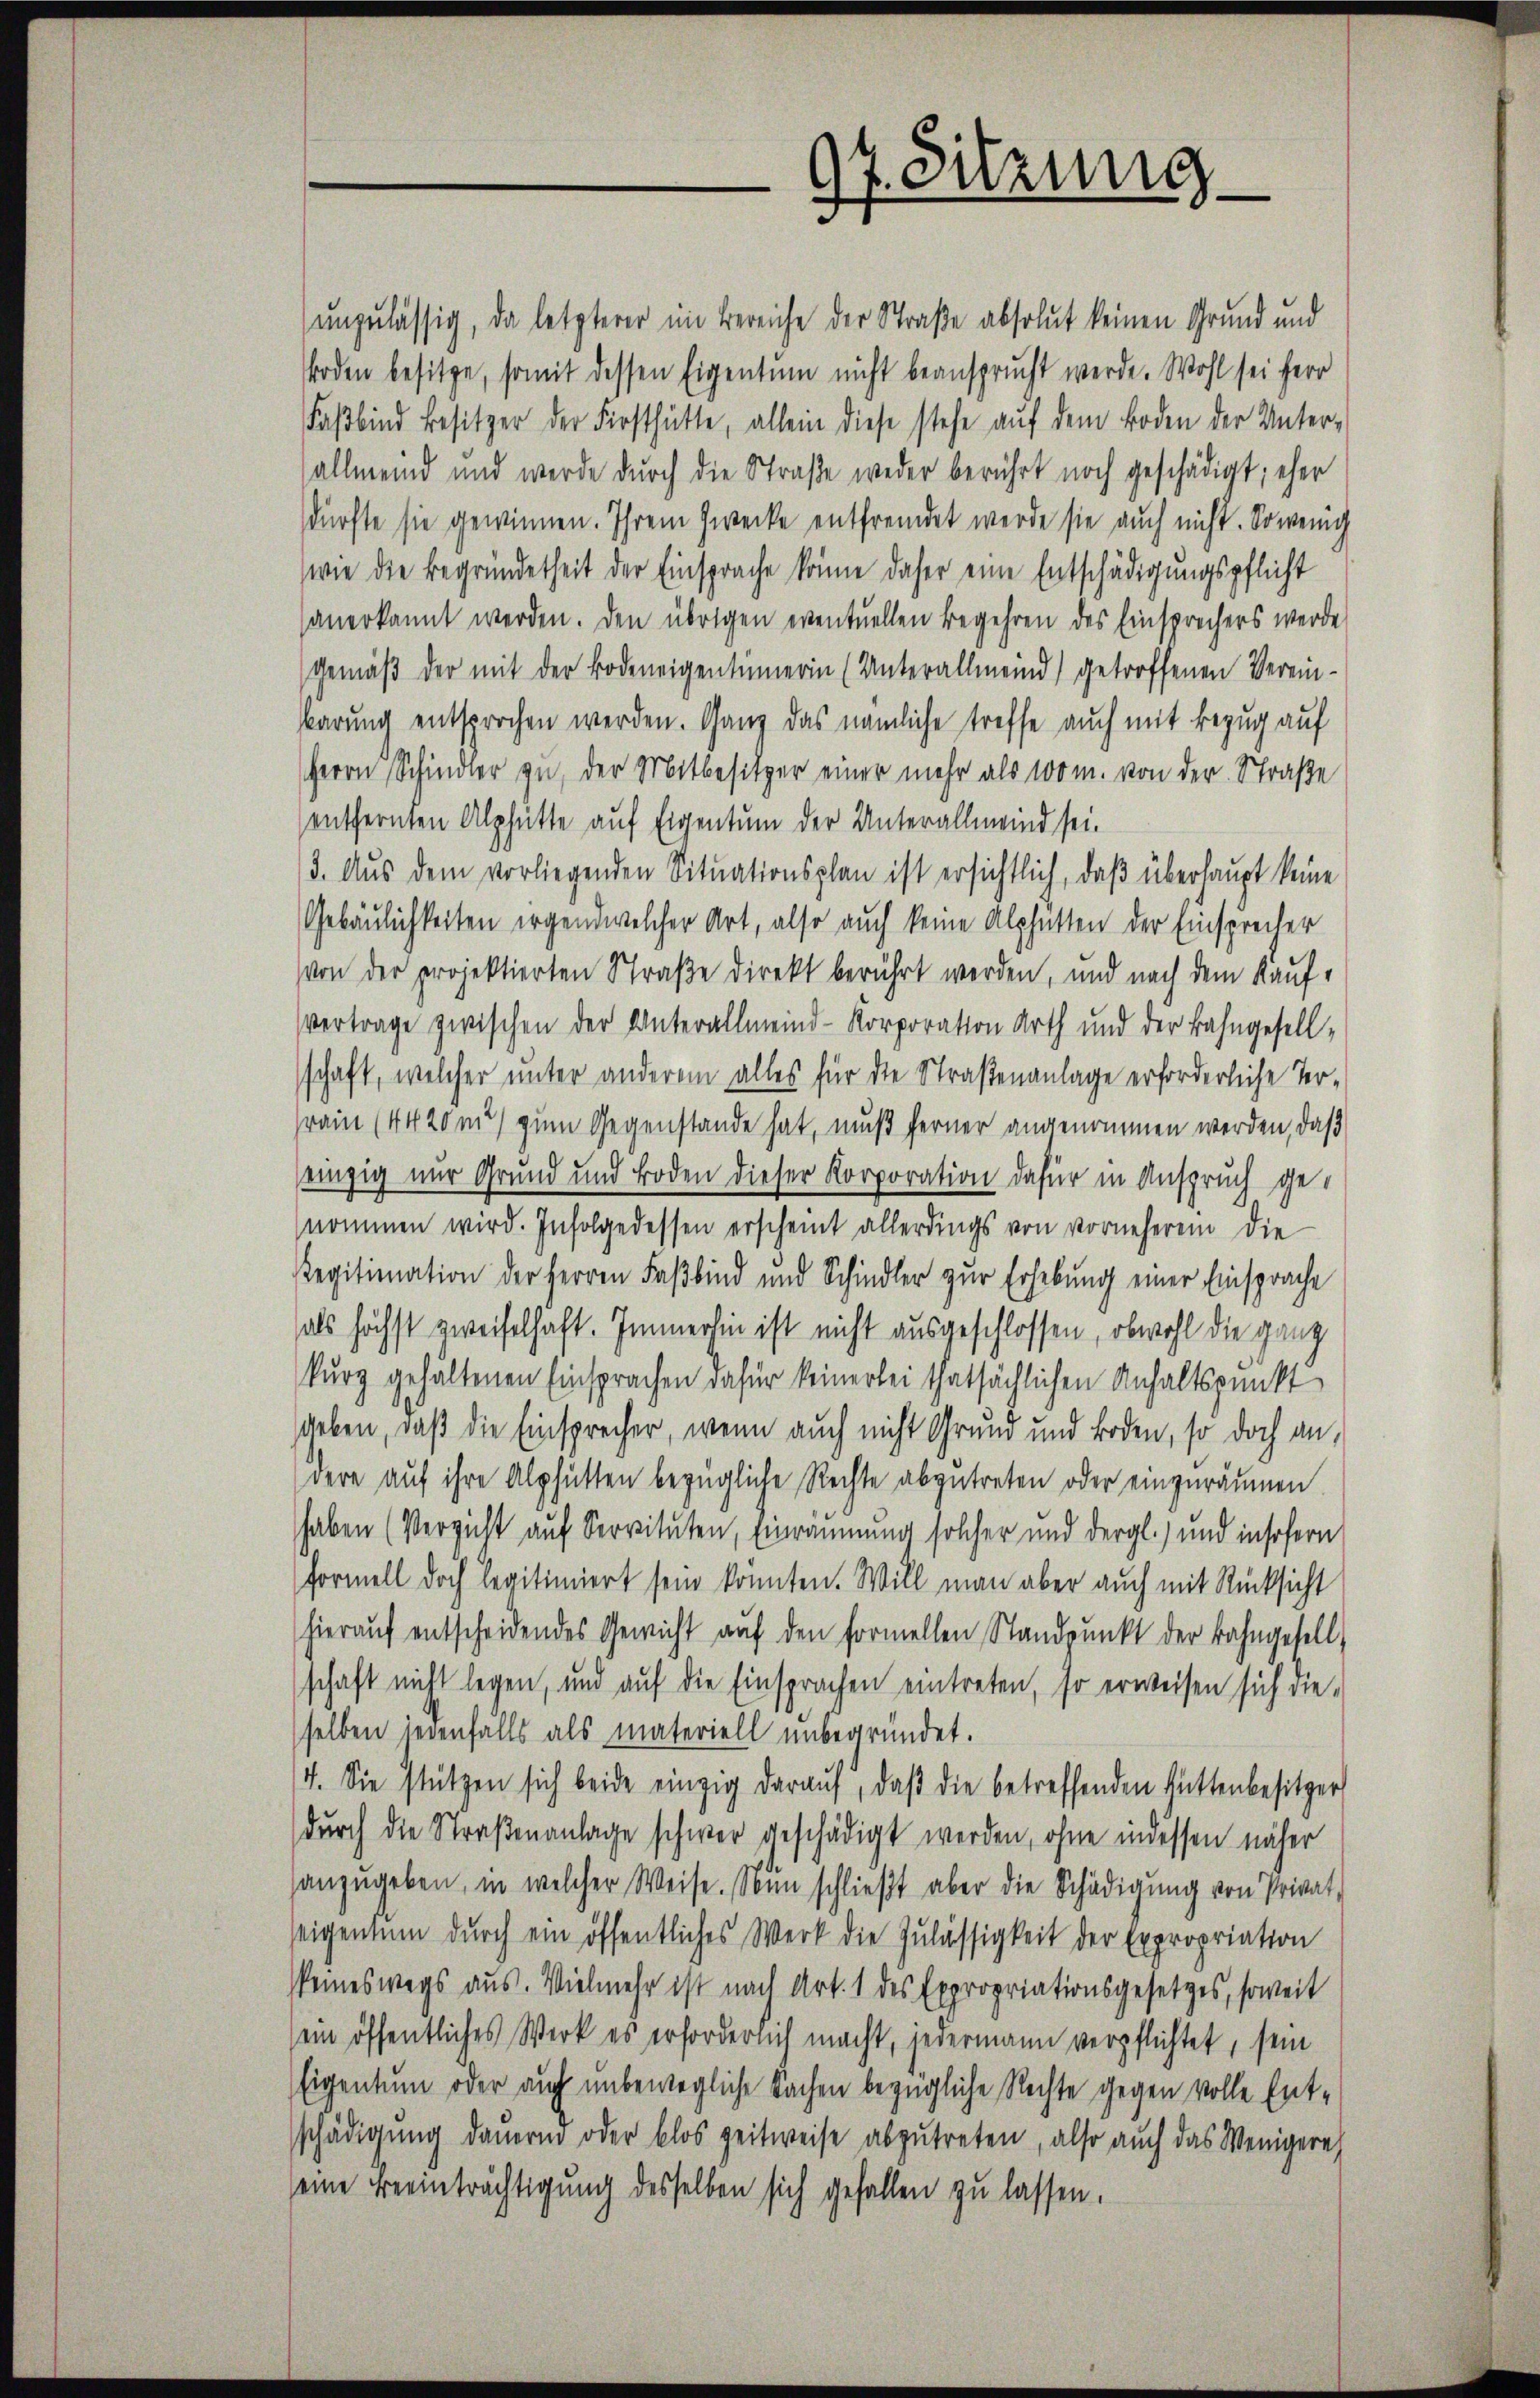
unzulässig, da letzterer im Bereiche der Straße absolut keinen Grund und
Boden besitze, somit dessen Eigentum nicht beansprucht werde. Wohl sei Herr
Faßbind Besitzer der Firsthütte, allein diese stehe auf dem Boden der Unterallmeind und werde durch die Straße weder berührt noch geschädigt, eher
sdürfte sie gewinnen. Ihrem Zwecke entfremdet werde sie auch nicht. So wenig
wie die Begründetheit der Einsprache könne daher eine Entschädigungspflicht
sanerkannt werden. Den übrigen eventuellen Begehren des Einsprechers werde
Gemäß der mit der Bodeneigentümerin (Unterallmeind) getroffenen Vereinkarung entsprochen werden. Ganz das nämliche treffe auch mit Bezug auf
Herrn Schindler zu, der Mitbesitzer einer mehr als 100m. von der Straße
entfernten Alphütte auf Eigentum der Unterallmeind sei.
(3. Aus dem vorliegenden Situationsplan ist ersichtlich, daß überhaupt keine
Gebäulichkeiten irgendwelcher Art, also auch keine Alphütten der Einsprecher
von der projektierten Straße direkt berührt werden, und nach dem Kauf-
vertrage zwischen der Unterallmeind-Korporation Arth und der Bahngesellschaft, welcher unter anderem alles für die Straßenanlage erforderliche Terrain (4420 mit zum Gegenstande hat, muß ferner angenommen werden, daß
einzig nur Grund und Boden dieser Korporation dafür in Anspruch genommen wird. Infolgedessen erscheint allerdings von vornehmen die
Regitimation der Herren Faßbind und Schindler zur Erhebung einer Einsprache
als höchst zweifelhaft. Immerhin ist nicht ausgeschlossen, obwohl die ganz
kurz gehaltenen Einsprachen dafür keinerlei thatsächlichen Anhaltspunkt
geben, daß die Einsprecher, wenn auch nicht Grund und Boden, so doch an,
dere auf ihre Alphütten bezügliche Rechte abzutreten oder einzuräumen
haben (Verzicht auf Servituten, Einräumung solcher und dergl.) und insofern
Formell doch legitimiert sein konnten. Will man aber auch mit Rücksicht
hierauf entscheidendes Gewicht auf den formellen Standpunkt der Bahngesell
schaft nicht legen, und auf die Einsprachen eintreten, so erweisen sich die-
selben jedenfalls als materiell unbegründet.
4. Sie stützen sich beide einzig daraŭf, daβ die betreffenden Hüttenbesitzer
durch die Straßenanlage schwer geschädigt werden, ohne indessen näher
anzŭgeben, in welcher Weise. Nun schlieβt aber die Schädigung von Privat-
weigentum durch ein öffentliches Werk die Zulässigkeit der Expropriation
keineswegs aus. Vielmehr ist nach Art. 1 des Expropriationsgesetzes, soweit
ein öffentliches Werk es erforderlich macht, jedermann verpflichtet, sein
Eigentum oder auch unbewegliche Sachen bezügliche Rechte gegen volle Entschädigung dauern oder blos zeitweise abzŭtreten, also auch das Wenigere
eine Beeinträchtigung desselben sich gefallen zu lassen.

0t. Sitzung
d